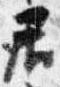
居